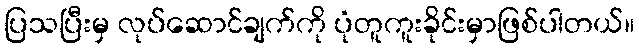
ပြသပြီးမှ လုပ်ဆောင်ချက်ကို ပုံတူကူးခိုင်းမှာဖြစ်ပါတယ်။